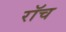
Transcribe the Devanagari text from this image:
रॉच